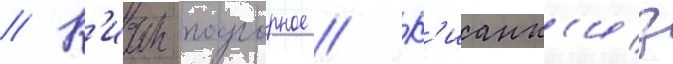
// К'иан-подгорное // К'ианк'из